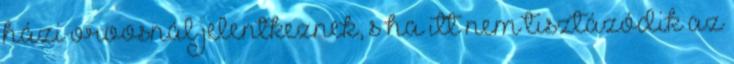
házi orvosnál jelentkeznek, s ha itt nem tisztázódik az